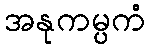
အနုကမ္ပကံ